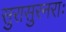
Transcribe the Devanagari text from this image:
सुरासुरनराः